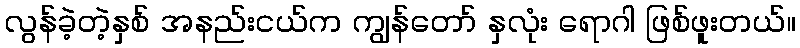
လွန်ခဲ့တဲ့နှစ် အနည်းငယ်က ကျွန်တော် နှလုံး ရောဂါ ဖြစ်ဖူးတယ်။